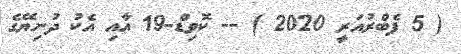
( 5 ފެބްރުއަރީ 2020 ) -- ކޮވިޑް-19 އާއި އެެކު ދުނިޔޭގެ